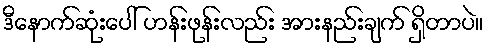
ဒီနောက်ဆုံးပေါ် ဟန်းဖုန်းလည်း အားနည်းချက် ရှိတာပဲ။